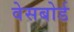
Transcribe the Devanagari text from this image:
वेसबोर्ड